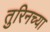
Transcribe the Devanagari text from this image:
तुरिनच्या